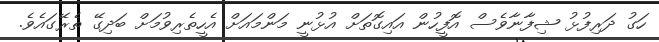
ހަގު ދަރިފުޅު ޝިފާނާވެސް އޮފީހުން އައިގޮތަށް އުޅުނީ މަންމައަށް އެހީތެރިވުމަށް ބަދިގޭ ތެރޭގައެވެ.